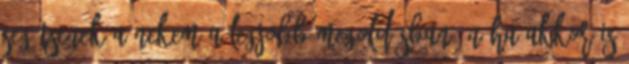
segítsenek a nekem a legjobb megoldásban. Néha akkor is